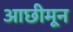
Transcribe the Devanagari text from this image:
आछीमून